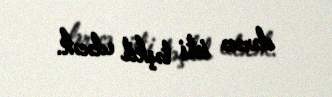
dərəcə isti təşkil edəcək.